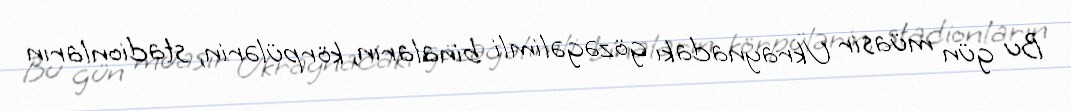
Bu gün müasir Ukraynadakı gözəgəlimli binaların, körpülərin, stadionların